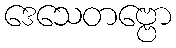
ဒေသေတဗ္ဗော